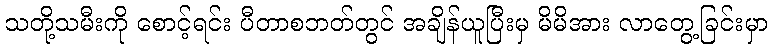
သတို့သမီးကို စောင့်ရင်း ပီတာစဘတ်တွင် အချိန်ယူပြီးမှ မိမိအား လာတွေ့ခြင်းမှာ